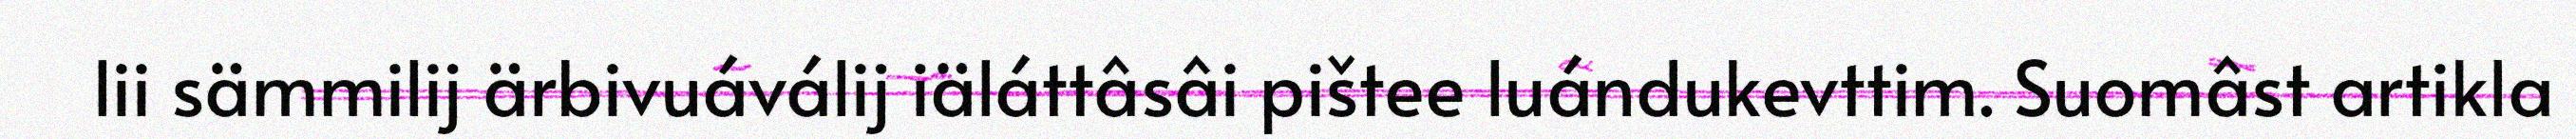
lii sämmilij ärbivuáválij iäláttâsâi pištee luándukevttim. Suomâst artikla